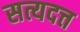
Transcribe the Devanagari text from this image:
सत्यदत्त